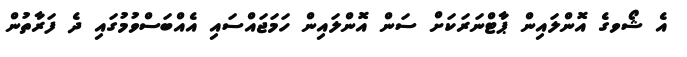
އެ ޝޯވގެ އޮންލައިން ޕާޓްނަރަކަށް ސަން އޮންލައިން ހަމަޖައްސައި އެއްބަސްވުމުގައި ދެ ފަރާތުން